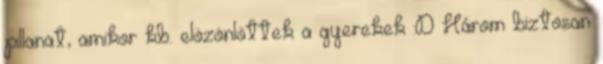
pillanat, amikor kb. elözönlöttek a gyerekek :D Három biztosan